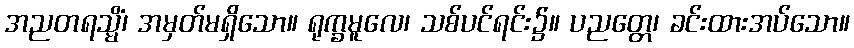
အညတရသ္မိံ၊ အမှတ်မရှိသော။ ရုက္ခမူလေ၊ သစ်ပင်ရင်း၌။ ပညတ္တေ၊ ခင်းထားအပ်သော။